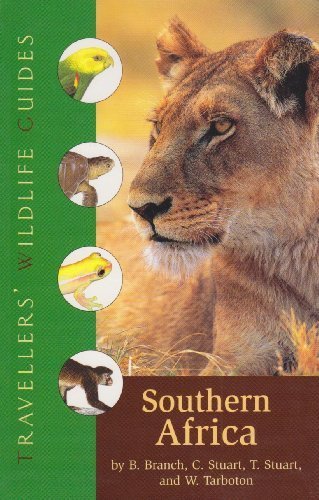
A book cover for Southern Africa: South Africa, Namibia, Botswana, Zimbabwe, Swaziland, Lesotho, and Southern Mozambique (Travellers' Wildlife Guides) by Branch, William, MD, Stuart, Chris, Etc, Stuart, Tilde (2006) Paperback; William, MD, Stuart, Chris, Etc, Stuart, Tilde Branch; Travel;